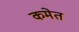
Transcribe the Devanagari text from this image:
कमेत